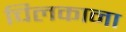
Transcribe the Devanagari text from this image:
चिलकाना